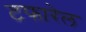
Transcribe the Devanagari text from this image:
टफारेल